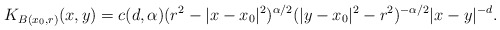
\begin{align*}K_{B(x_{0},r)}(x,y)=c(d,\alpha)(r^{2}-|x-x_{0}|^{2})^{\alpha/2}(|y-x_{0}|^{2}-r^{2})^{-\alpha/2}|x-y|^{-d}.\end{align*}